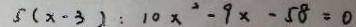
5 ( x - 3 ) : 1 0 x ^ { 2 } - 9 x - 5 8 = 0